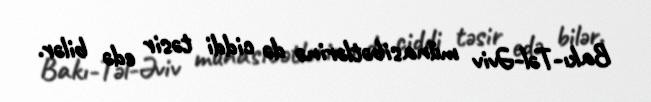
Bakı-Təl-Əviv münasibətlərinə də ciddi təsir edə bilər.